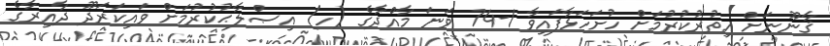
ޤާނޫނަށް އިތުރުކުރުމަށް ހުށަހަޅާފައިވާ 1-74 ވަނަ މާއްދާގެ (ހ) އިޞްލާޙުކުރުމަށް ވައިކަރަދޫ ދާއިރާގެ